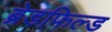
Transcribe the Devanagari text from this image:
ब्रेडफिल्ड